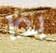
بدا